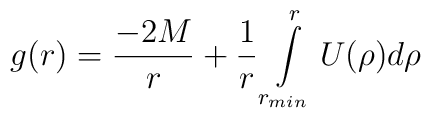
g(r)={-2M \over r} + {1 \over r} \int\limits_{r_{min}}^{r} U(\rho)d\rho